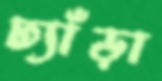
ঢ্যাঁড়া